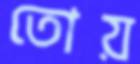
তোয়